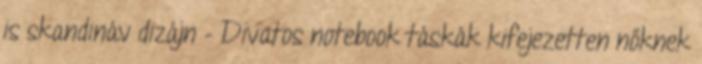
is skandináv dizájn – Divatos notebook táskák kifejezetten nőknek